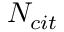
N _ { c i t }